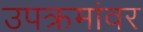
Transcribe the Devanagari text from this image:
उपक्रमांवर